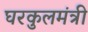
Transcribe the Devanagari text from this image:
घरकुलमंत्री